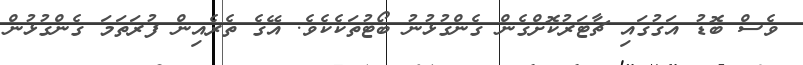
ވެސް ބޮޑު އަގުގައި ޗާޓަރުކޮށްގެން ގެންގުޅުނު ބޯޓުތަކެކެވެ. އޭގެ ތެރެއިން ފުރަތަމަ ގެންގުޅުން